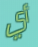
أي